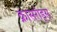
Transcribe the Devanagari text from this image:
क्रासरोड्स